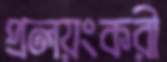
প্রলয়ংকরী